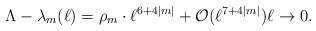
LaTeX: \begin{align*}\Lambda - \lambda_m(\ell) = \rho_m \cdot \ell^{6+4|m|} + \mathcal O(\ell^{7+4|m|} ) \ell \to 0 . \end{align*}